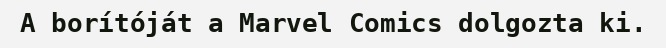
A borítóját a Marvel Comics dolgozta ki.